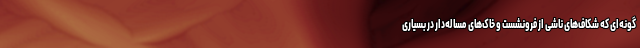
گونه‌ای که شکاف‌های ناشی از فرونشست و خاک‌های مساله‌دار در بسیاری